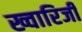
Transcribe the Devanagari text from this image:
ख्वारिजी